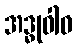
အဒ္ဓုဝါဝ